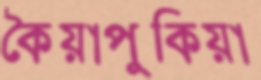
কৈয়াপুকিয়া